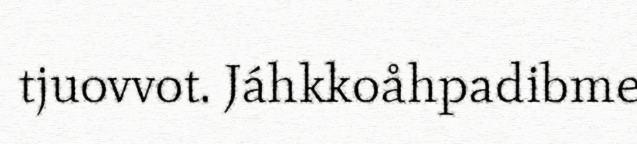
tjuovvot. Jáhkkoåhpadibme